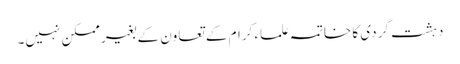
دہشت گردی کا خاتمہ علماء کرام کے تعاون کے بغیر ممکن نہیں۔